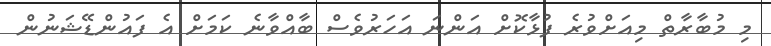
މި މުބާރާތް މިއަށްވުރެ ފުޅާކޮށް އަންނަ އަހަރުވެސް ބާއްވާނެ ކަމަށް އެ ފައުންޑޭޝަނުން